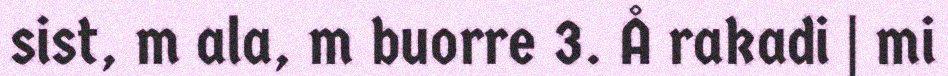
sist, m ala, m buorre 3. Å rakadi | mi